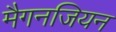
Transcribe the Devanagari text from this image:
मैगनजियन